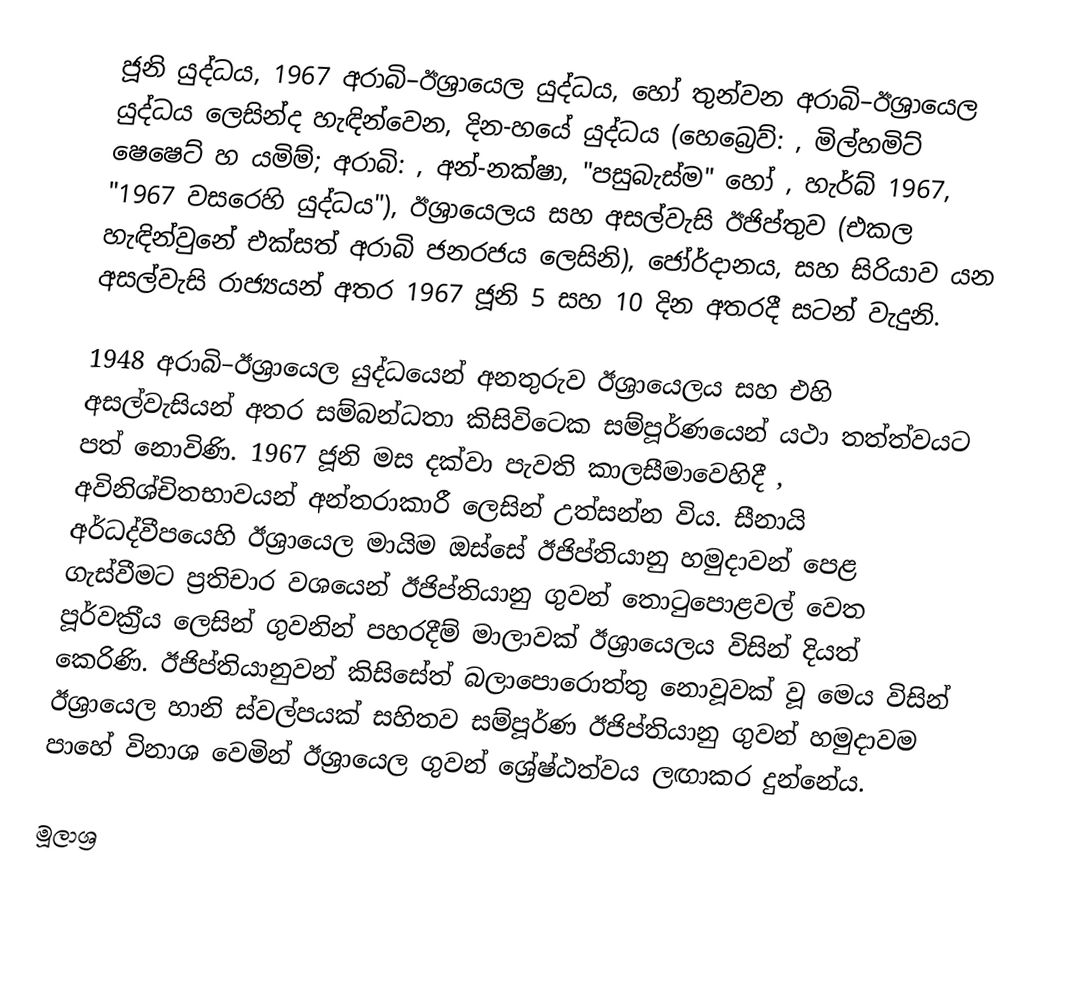
ජූනි යුද්ධය, 1967 අරාබි–ඊශ්‍රායෙල යුද්ධය, හෝ තුන්වන අරාබි–ඊශ්‍රායෙල යුද්ධය ලෙසින්ද හැඳින්වෙන, දින-හයේ යුද්ධය (හෙබ්‍රෙව්: , මිල්හමිට් ෂෙෂෙට් හ යමිම්; අරාබි: , අන්-නක්ෂා, "පසුබැස්ම" හෝ , හැර්බ් 1967, "1967 වසරෙහි යුද්ධය"), ඊශ්‍රායෙලය සහ අසල්වැසි  ඊජිප්තුව (එකල හැඳින්වුනේ එක්සත් අරාබි ජනරජය ලෙසිනි), ජෝර්දානය, සහ සිරියාව යන අසල්වැසි රාජ්‍යයන් අතර 1967 ජූනි 5 සහ 10 දින අතරදී සටන් වැදුනි.

 1948 අරාබි–ඊශ්‍රායෙල යුද්ධයෙන් අනතුරුව ඊශ්‍රායෙලය සහ එහි අසල්වැසියන් අතර සම්බන්ධතා කිසිවිටෙක සම්පූර්ණයෙන් යථා තත්ත්වයට පත් නොවිණි. 1967 ජූනි මස දක්වා පැවති කාලසීමාවෙහිදී , අවිනිශ්චිතභාවයන් අන්තරාකාරී ලෙසින් උත්සන්න විය. සීනායි අර්ධද්වීපයෙහි ඊශ්‍රායෙල මායිම ඔස්සේ ඊජිප්තියානු හමුදාවන් පෙළ ගැස්වීමට ප්‍රතිචාර වශයෙන් ඊජිප්තියානු ගුවන් තොටුපොළවල් වෙත   පූර්වක‍්‍රීය ලෙසින් ගුවනින් පහරදීම් මාලාවක් ඊශ්‍රායෙලය විසින් දියත් කෙරිණි. ඊජිප්තියානුවන් කිසිසේත් බලාපොරොත්තු නොවූවක් වූ මෙය විසින් ඊශ්‍රායෙල හානි ස්වල්පයක් සහිතව සම්පූර්ණ ඊජිප්තියානු ගුවන් හමුදාවම පාහේ විනාශ වෙමින් ඊශ්‍රායෙල  ගුවන් ශ්‍රේෂ්ඨත්වය ලඟාකර දුන්නේය.

මූලාශ්‍ර